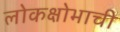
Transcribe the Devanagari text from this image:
लोकक्षोभाची